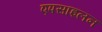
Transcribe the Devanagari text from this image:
एपसाइलन